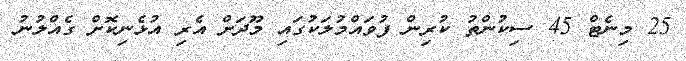
25 މިނެޓް 45 ސިކުންތު ކުރިން ފުވައްމުލަކުގައި މޫދަށް އެރި އުޅެނިކޮށް ގެއްލުނު